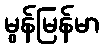
မွန်မြန်မာ